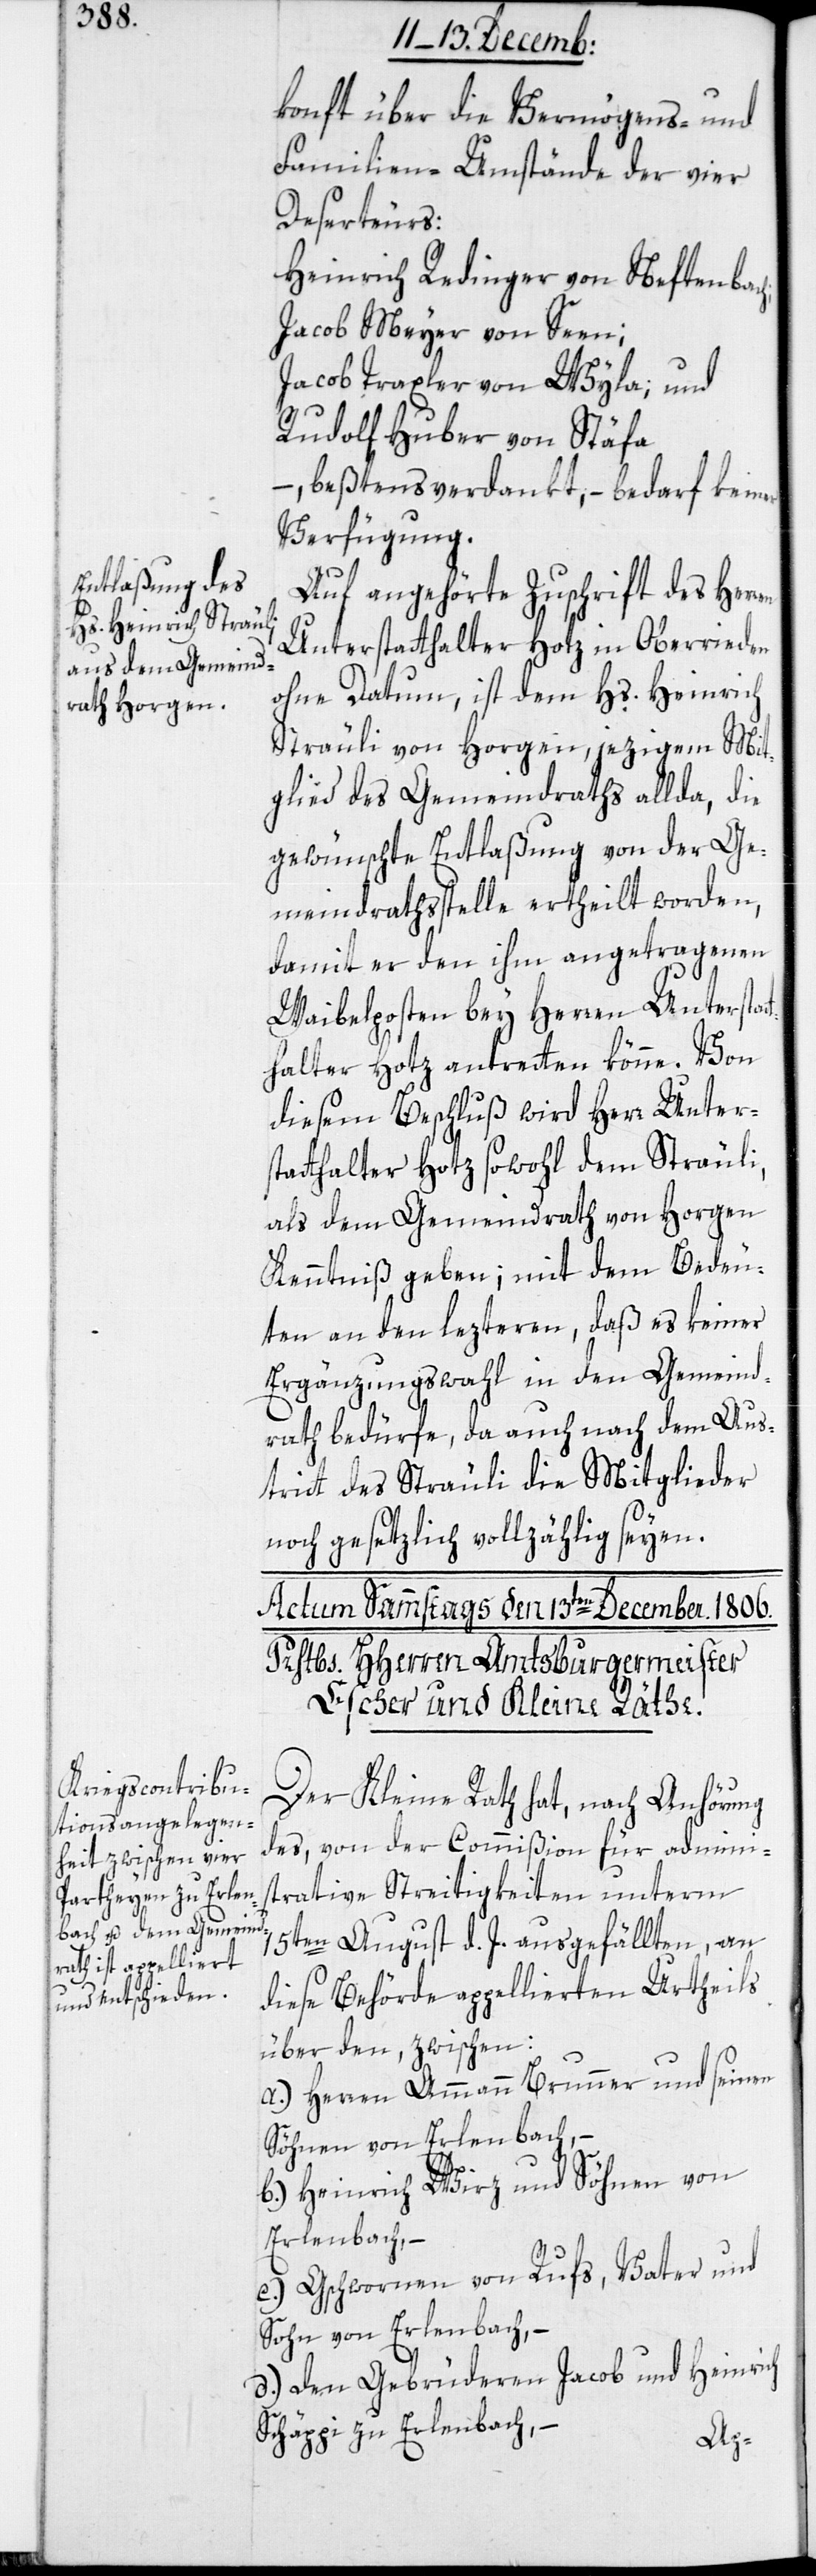
konft über die Vermögens- und
Familien-Umstände der vier
Deserteurs:
Heinrich Redinger von Neftenba¬
Jacob Meyer von Seen;
Jacob Traxler von Wyla; und
Rudolf Huber von Stäfa
– beßtens verdankt, bedarf keiner
Verfügung.
Auf angehörte Zuschrift des Herr¬
Unterstatthalter Hotz in Oberrieden
ohne Datum, ist dem Hs. Heinrich
Sträuli von Horgen, jezigem Mit¬
glied des Gemeindraths allda, die
gewünschte Entlaßung von der Ge¬
meindrathsstelle ertheilt worden,
damit er den ihm angetragenen
Waibelposten bey Herren Untersta¬
halter Hotz antreten könne. Von
diesem Beschluß wird Herr Unter¬
statthalter Hotz sowohl dem Sträuli,
als dem Gemeindrath von Horgen
Kenntniß geben; mit dem Bedeu¬
ten an den lezteren, daß es keiner
Ergänzungswahl in den Gemeind¬
rath bedürfe, da auch nach dem Aus¬
tritt des Sträuli die Mitglieder
noch gesetzlich vollzählig seyen.
Der Kleine Rath hat, nach Anhörung
des von der Commißion für admini¬
strative Streitigkeiten unterm
15ten August d. J. ausgefällten, an
diese Behörde appellierten Urtheils
über den, zwischen
a.) Herren Ammann Brunner und seinen
Söhnen von Erlenbach, –
b.) Heinrich Wirz und Söhnen von
Erlenbach, –
c.) Gschwornen von Rufs, Vater und
Sohn von Erlenbach, –
Heinrich
d) den Gebrüderen Jacob und
Schäppi zu Erlenbach; –
tt¬